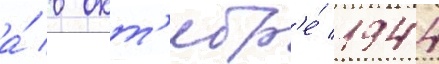
а́ в окт'ябр'е́ 1944